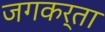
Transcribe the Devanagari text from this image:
जगकर्ता